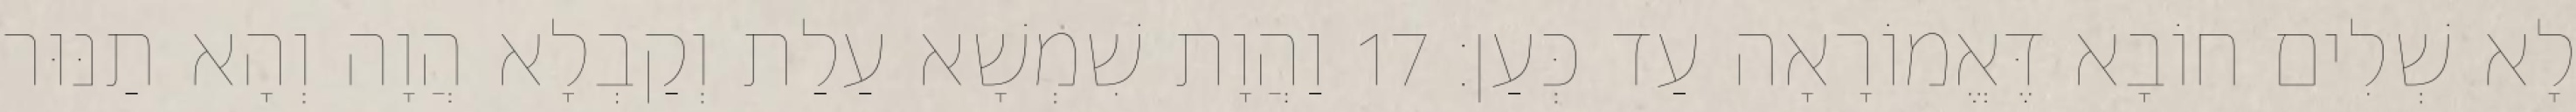
לָא שְׁלִים חוֹבָא דֶּאֱמוֹרָאָה עַד כְּעַן׃ 17 וַהֲוָת שִׁמְשָׁא עַלַת וְקַבְלָא הֲוָה וְהָא תַנּוּר